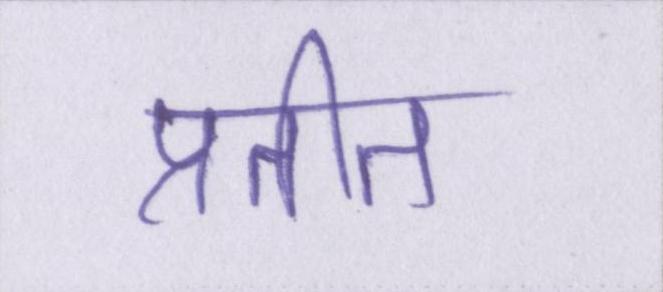
प्रतीत